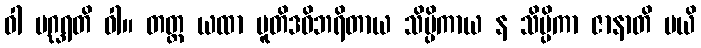
ဝါ ပဂ္ဃရတိ ဝါ။ တတ္ထ ယထာ ပူတိဒဓိဘရိတာယ သိပ္ပိကာယ န သိပ္ပိကာ ဇာနာတိ မယိ